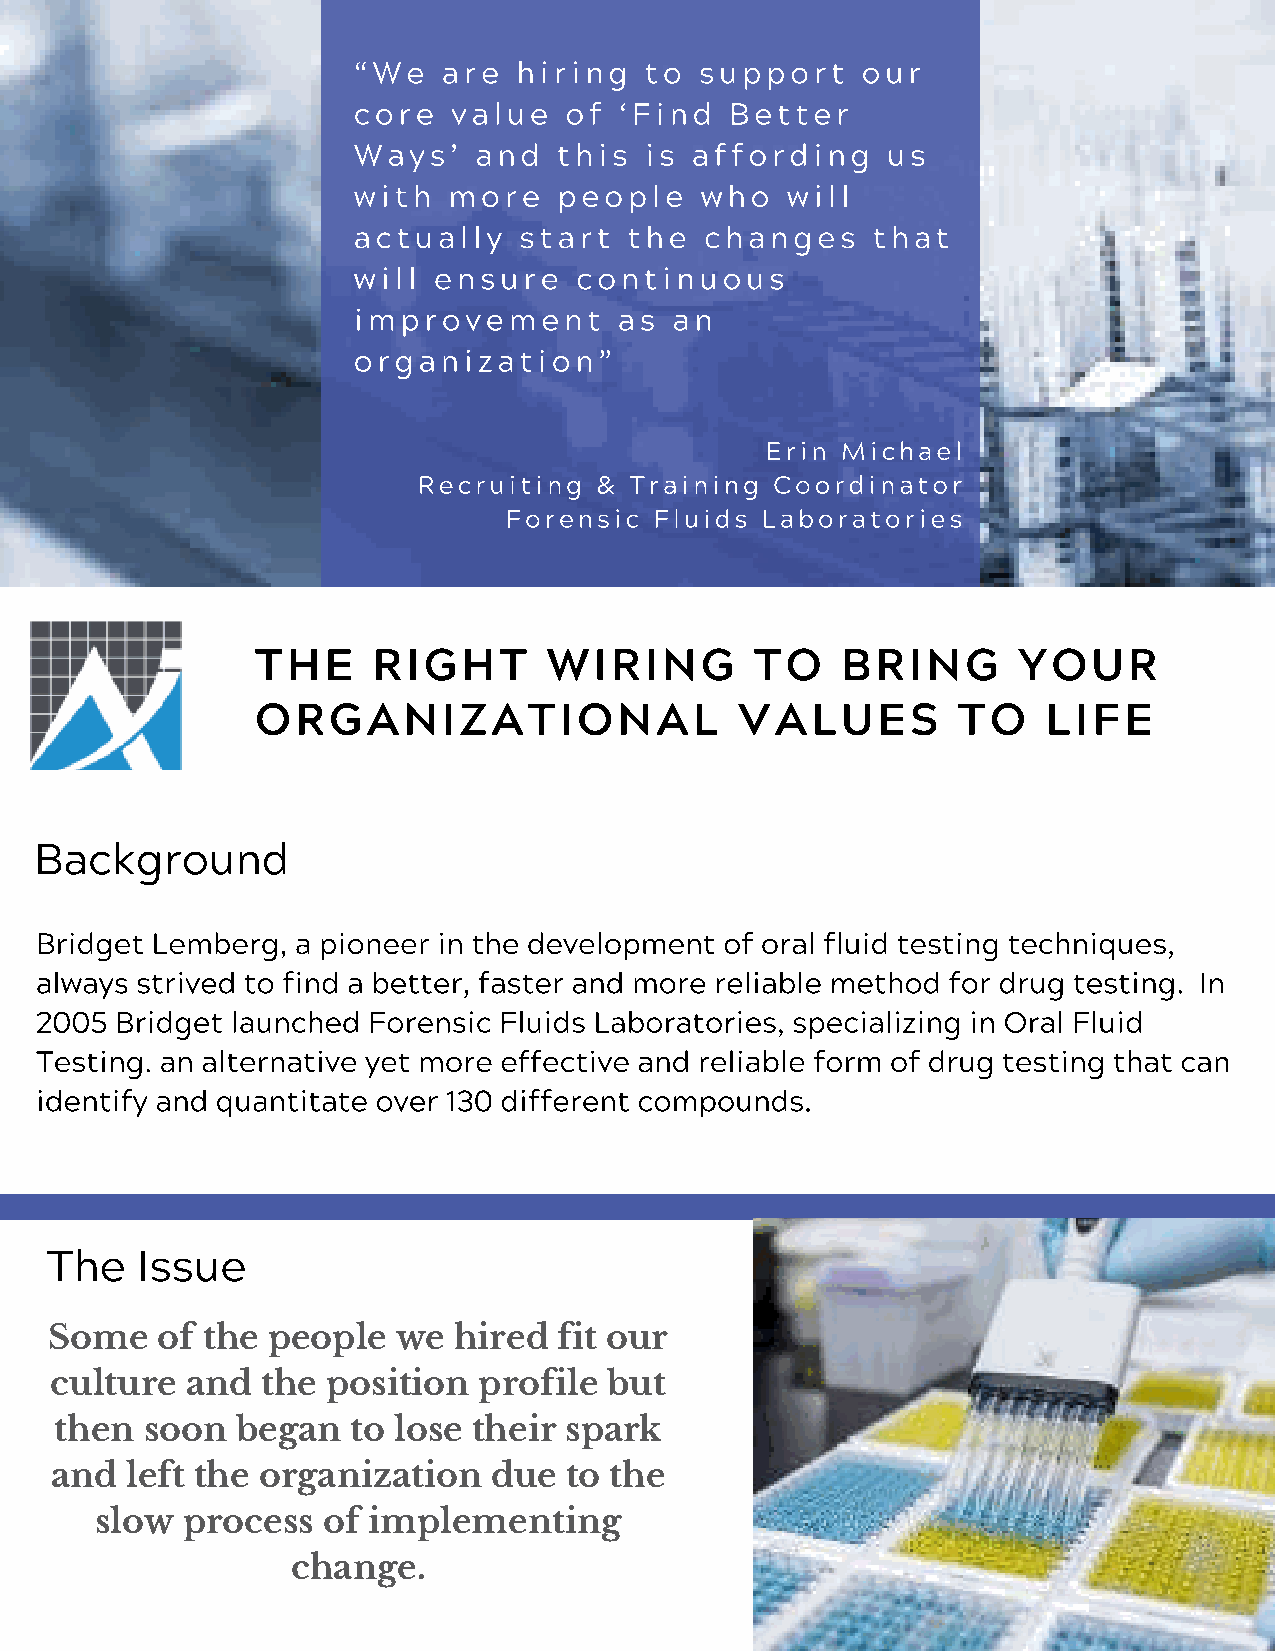
“We   are  hiring   to support    our
 core   value  of  ‘Find  Better
 Ways’   and   this  is affording    us
 with   more   people   who   will
 actually   start   the  changes    that
 will  ensure   continuous
 improvement       as  an
 organization”
 Erin Michael
 Recruiting &  Training Coordinator
 Forensic  Fluids Laboratories
 THE     RIGHT      WIRING        TO    BRING      YOUR
 ORGANIZATIONAL                  VALUES        TO    LIFE
 Background
 Bridget Lemberg,  a pioneer in the development of oral fluid testing techniques,
 always strived to find a better, faster and more reliable method for drug testing. In
 2005  Bridget launched Forensic Fluids Laboratories, specializing in Oral Fluid
 Testing. an alternative yet more effective and reliable form of drug testing that can
 identify and quantitate over 130 different compounds.
 The   Issue
 Some   of the  people  we  hired  fit our
 culture  and  the  position  profile but
 then  soon  began  to lose their spark
 and  left the organization   due  to the
 slow  process  of implementing
 change.